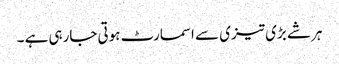
ہر شے بڑی تیزی سے اسمارٹ ہوتی جارہی ہے ۔